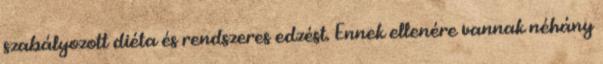
szabályozott diéta és rendszeres edzést. Ennek ellenére vannak néhány